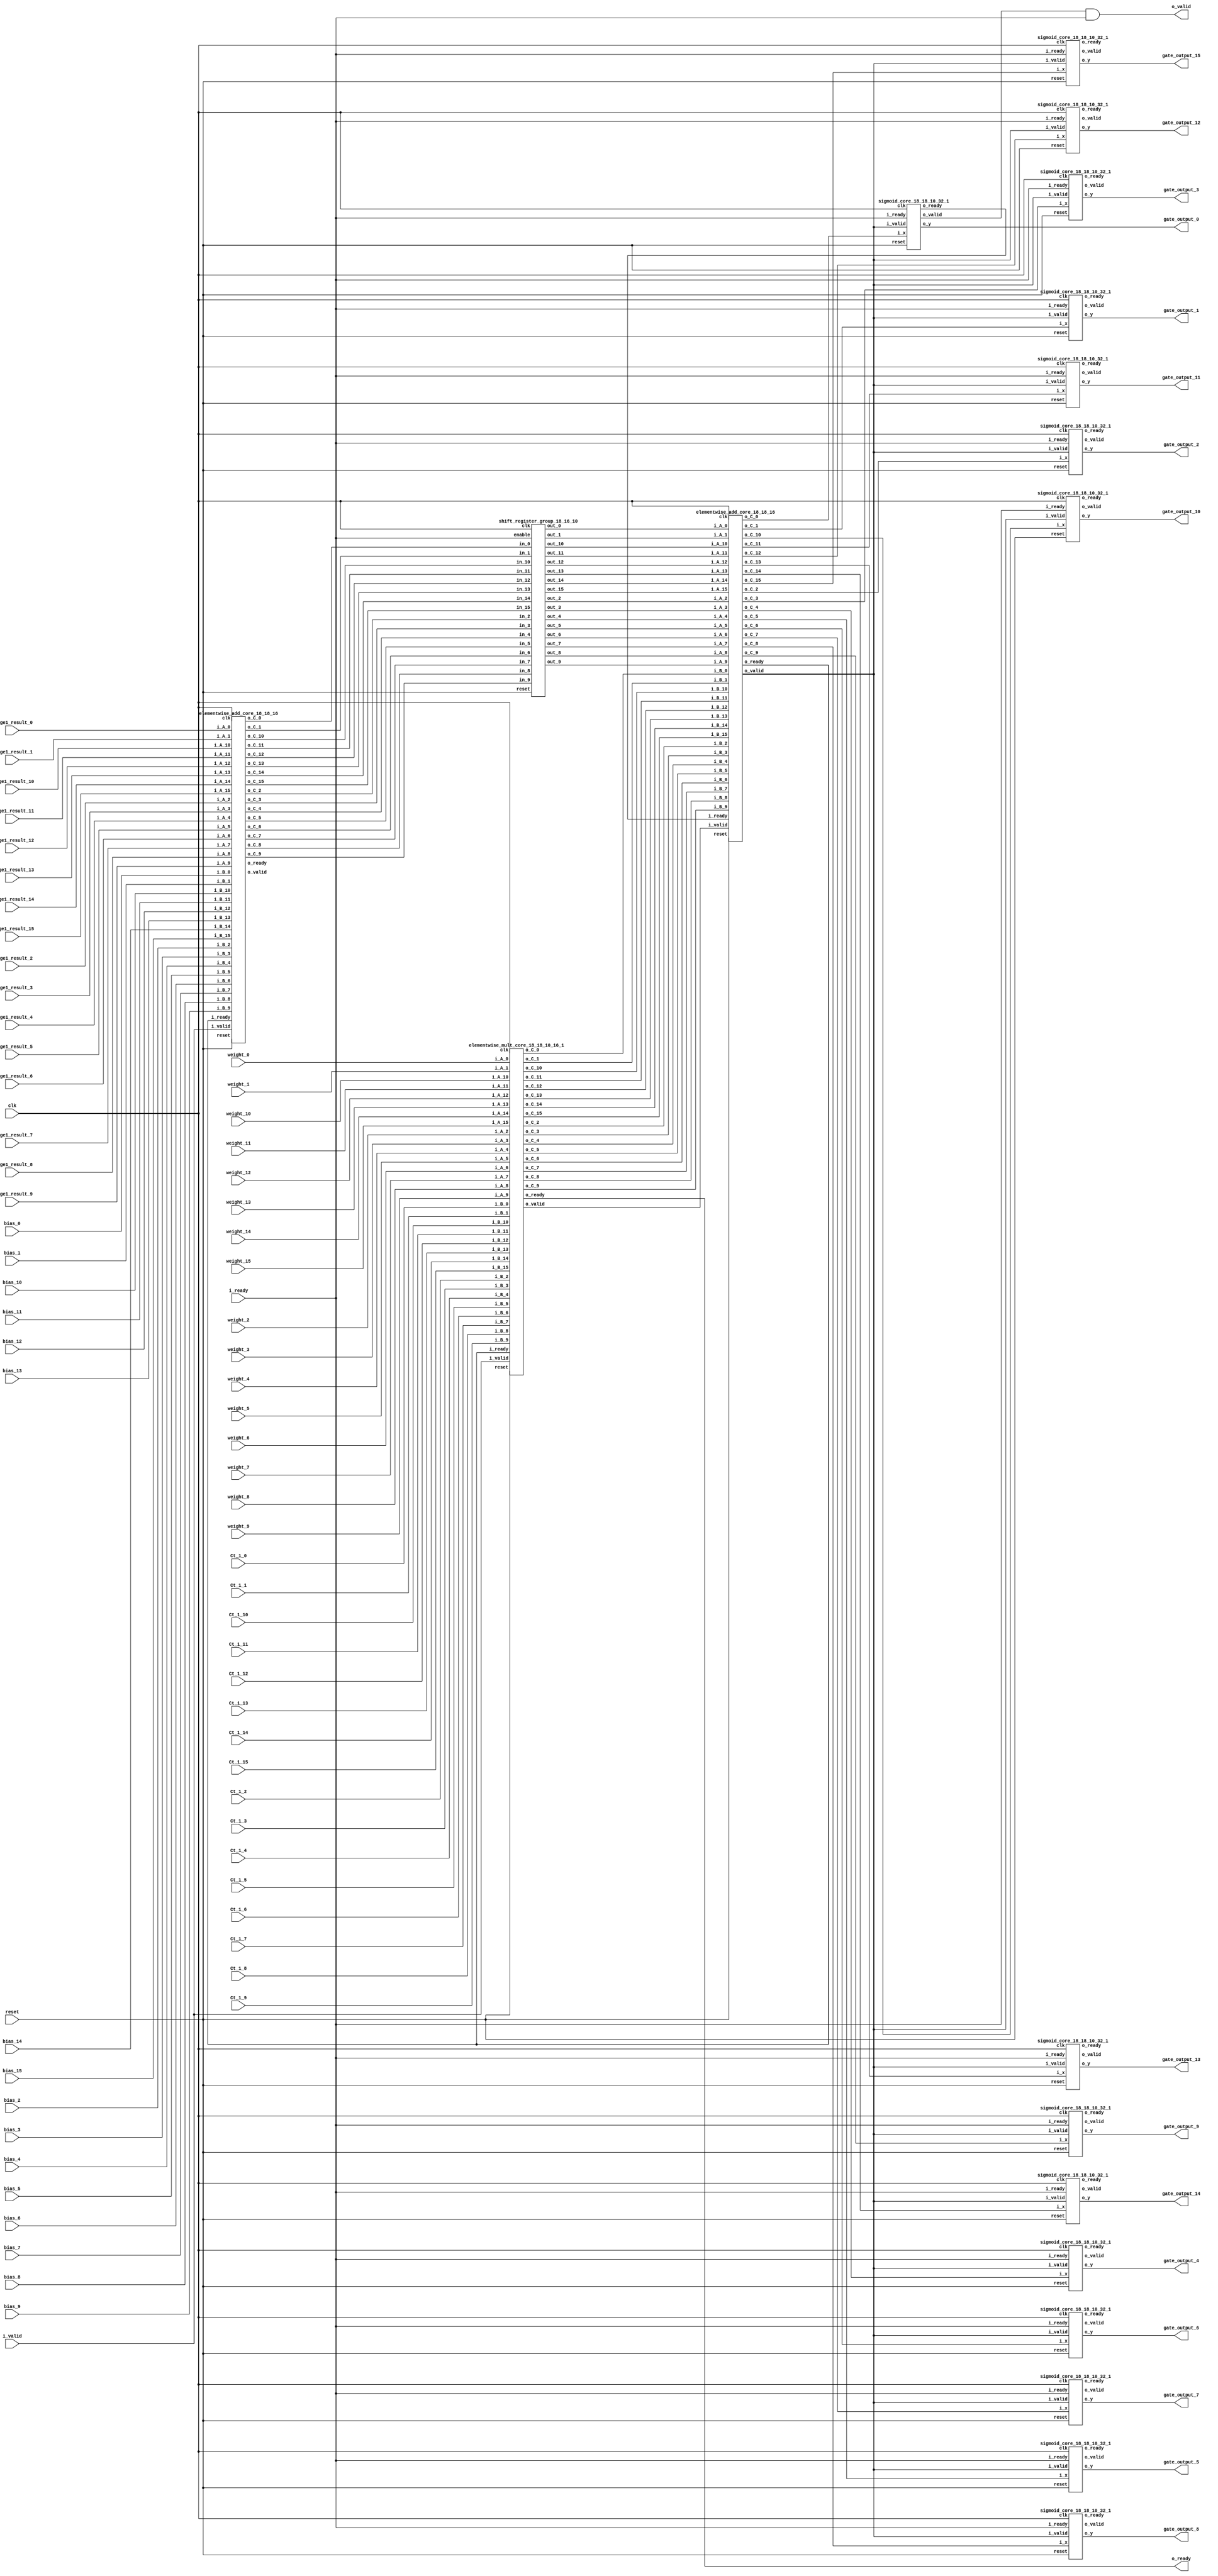
`define SIMULATION_MEMORY

module lstm_gate_18_10_16_1 (
	input clk,
	input reset,
	input i_ready,
	input i_valid,
	input [17:0] stage1_result_0,
	input [17:0] weight_0,
	input [17:0] Ct_1_0,
	input [17:0] bias_0,
	output [17:0] gate_output_0,
	input [17:0] stage1_result_1,
	input [17:0] weight_1,
	input [17:0] Ct_1_1,
	input [17:0] bias_1,
	output [17:0] gate_output_1,
	input [17:0] stage1_result_2,
	input [17:0] weight_2,
	input [17:0] Ct_1_2,
	input [17:0] bias_2,
	output [17:0] gate_output_2,
	input [17:0] stage1_result_3,
	input [17:0] weight_3,
	input [17:0] Ct_1_3,
	input [17:0] bias_3,
	output [17:0] gate_output_3,
	input [17:0] stage1_result_4,
	input [17:0] weight_4,
	input [17:0] Ct_1_4,
	input [17:0] bias_4,
	output [17:0] gate_output_4,
	input [17:0] stage1_result_5,
	input [17:0] weight_5,
	input [17:0] Ct_1_5,
	input [17:0] bias_5,
	output [17:0] gate_output_5,
	input [17:0] stage1_result_6,
	input [17:0] weight_6,
	input [17:0] Ct_1_6,
	input [17:0] bias_6,
	output [17:0] gate_output_6,
	input [17:0] stage1_result_7,
	input [17:0] weight_7,
	input [17:0] Ct_1_7,
	input [17:0] bias_7,
	output [17:0] gate_output_7,
	input [17:0] stage1_result_8,
	input [17:0] weight_8,
	input [17:0] Ct_1_8,
	input [17:0] bias_8,
	output [17:0] gate_output_8,
	input [17:0] stage1_result_9,
	input [17:0] weight_9,
	input [17:0] Ct_1_9,
	input [17:0] bias_9,
	output [17:0] gate_output_9,
	input [17:0] stage1_result_10,
	input [17:0] weight_10,
	input [17:0] Ct_1_10,
	input [17:0] bias_10,
	output [17:0] gate_output_10,
	input [17:0] stage1_result_11,
	input [17:0] weight_11,
	input [17:0] Ct_1_11,
	input [17:0] bias_11,
	output [17:0] gate_output_11,
	input [17:0] stage1_result_12,
	input [17:0] weight_12,
	input [17:0] Ct_1_12,
	input [17:0] bias_12,
	output [17:0] gate_output_12,
	input [17:0] stage1_result_13,
	input [17:0] weight_13,
	input [17:0] Ct_1_13,
	input [17:0] bias_13,
	output [17:0] gate_output_13,
	input [17:0] stage1_result_14,
	input [17:0] weight_14,
	input [17:0] Ct_1_14,
	input [17:0] bias_14,
	output [17:0] gate_output_14,
	input [17:0] stage1_result_15,
	input [17:0] weight_15,
	input [17:0] Ct_1_15,
	input [17:0] bias_15,
	output [17:0] gate_output_15,
	output o_valid,
	output o_ready
);

wire mult_valid, add0_valid, add1_valid, add2_valid;
wire mult_ready, add0_ready, add1_ready, add2_ready;
wire sigmoid_valid_0, sigmoid_ready_0;
wire [17:0] o_mult_0;
wire [17:0] o_add0_0;
wire [17:0] o_add1_0;
wire [17:0] add1_hold_0;
wire [17:0] o_add2_0;
wire [17:0] o_sigmoid_0;
wire sigmoid_valid_1, sigmoid_ready_1;
wire [17:0] o_mult_1;
wire [17:0] o_add0_1;
wire [17:0] o_add1_1;
wire [17:0] add1_hold_1;
wire [17:0] o_add2_1;
wire [17:0] o_sigmoid_1;
wire sigmoid_valid_2, sigmoid_ready_2;
wire [17:0] o_mult_2;
wire [17:0] o_add0_2;
wire [17:0] o_add1_2;
wire [17:0] add1_hold_2;
wire [17:0] o_add2_2;
wire [17:0] o_sigmoid_2;
wire sigmoid_valid_3, sigmoid_ready_3;
wire [17:0] o_mult_3;
wire [17:0] o_add0_3;
wire [17:0] o_add1_3;
wire [17:0] add1_hold_3;
wire [17:0] o_add2_3;
wire [17:0] o_sigmoid_3;
wire sigmoid_valid_4, sigmoid_ready_4;
wire [17:0] o_mult_4;
wire [17:0] o_add0_4;
wire [17:0] o_add1_4;
wire [17:0] add1_hold_4;
wire [17:0] o_add2_4;
wire [17:0] o_sigmoid_4;
wire sigmoid_valid_5, sigmoid_ready_5;
wire [17:0] o_mult_5;
wire [17:0] o_add0_5;
wire [17:0] o_add1_5;
wire [17:0] add1_hold_5;
wire [17:0] o_add2_5;
wire [17:0] o_sigmoid_5;
wire sigmoid_valid_6, sigmoid_ready_6;
wire [17:0] o_mult_6;
wire [17:0] o_add0_6;
wire [17:0] o_add1_6;
wire [17:0] add1_hold_6;
wire [17:0] o_add2_6;
wire [17:0] o_sigmoid_6;
wire sigmoid_valid_7, sigmoid_ready_7;
wire [17:0] o_mult_7;
wire [17:0] o_add0_7;
wire [17:0] o_add1_7;
wire [17:0] add1_hold_7;
wire [17:0] o_add2_7;
wire [17:0] o_sigmoid_7;
wire sigmoid_valid_8, sigmoid_ready_8;
wire [17:0] o_mult_8;
wire [17:0] o_add0_8;
wire [17:0] o_add1_8;
wire [17:0] add1_hold_8;
wire [17:0] o_add2_8;
wire [17:0] o_sigmoid_8;
wire sigmoid_valid_9, sigmoid_ready_9;
wire [17:0] o_mult_9;
wire [17:0] o_add0_9;
wire [17:0] o_add1_9;
wire [17:0] add1_hold_9;
wire [17:0] o_add2_9;
wire [17:0] o_sigmoid_9;
wire sigmoid_valid_10, sigmoid_ready_10;
wire [17:0] o_mult_10;
wire [17:0] o_add0_10;
wire [17:0] o_add1_10;
wire [17:0] add1_hold_10;
wire [17:0] o_add2_10;
wire [17:0] o_sigmoid_10;
wire sigmoid_valid_11, sigmoid_ready_11;
wire [17:0] o_mult_11;
wire [17:0] o_add0_11;
wire [17:0] o_add1_11;
wire [17:0] add1_hold_11;
wire [17:0] o_add2_11;
wire [17:0] o_sigmoid_11;
wire sigmoid_valid_12, sigmoid_ready_12;
wire [17:0] o_mult_12;
wire [17:0] o_add0_12;
wire [17:0] o_add1_12;
wire [17:0] add1_hold_12;
wire [17:0] o_add2_12;
wire [17:0] o_sigmoid_12;
wire sigmoid_valid_13, sigmoid_ready_13;
wire [17:0] o_mult_13;
wire [17:0] o_add0_13;
wire [17:0] o_add1_13;
wire [17:0] add1_hold_13;
wire [17:0] o_add2_13;
wire [17:0] o_sigmoid_13;
wire sigmoid_valid_14, sigmoid_ready_14;
wire [17:0] o_mult_14;
wire [17:0] o_add0_14;
wire [17:0] o_add1_14;
wire [17:0] add1_hold_14;
wire [17:0] o_add2_14;
wire [17:0] o_sigmoid_14;
wire sigmoid_valid_15, sigmoid_ready_15;
wire [17:0] o_mult_15;
wire [17:0] o_add0_15;
wire [17:0] o_add1_15;
wire [17:0] add1_hold_15;
wire [17:0] o_add2_15;
wire [17:0] o_sigmoid_15;
wire enable;
assign enable = i_ready;

elementwise_mult_core_18_18_10_16_1 elementwise_mult_core_18_18_10_16_1_mult (
	.clk(clk),
	.reset(reset),
	.i_valid(i_valid),
	.i_ready(add2_ready),
	.i_A_0(weight_0),
	.i_B_0(Ct_1_0),
	.o_C_0(o_mult_0),
	.i_A_1(weight_1),
	.i_B_1(Ct_1_1),
	.o_C_1(o_mult_1),
	.i_A_2(weight_2),
	.i_B_2(Ct_1_2),
	.o_C_2(o_mult_2),
	.i_A_3(weight_3),
	.i_B_3(Ct_1_3),
	.o_C_3(o_mult_3),
	.i_A_4(weight_4),
	.i_B_4(Ct_1_4),
	.o_C_4(o_mult_4),
	.i_A_5(weight_5),
	.i_B_5(Ct_1_5),
	.o_C_5(o_mult_5),
	.i_A_6(weight_6),
	.i_B_6(Ct_1_6),
	.o_C_6(o_mult_6),
	.i_A_7(weight_7),
	.i_B_7(Ct_1_7),
	.o_C_7(o_mult_7),
	.i_A_8(weight_8),
	.i_B_8(Ct_1_8),
	.o_C_8(o_mult_8),
	.i_A_9(weight_9),
	.i_B_9(Ct_1_9),
	.o_C_9(o_mult_9),
	.i_A_10(weight_10),
	.i_B_10(Ct_1_10),
	.o_C_10(o_mult_10),
	.i_A_11(weight_11),
	.i_B_11(Ct_1_11),
	.o_C_11(o_mult_11),
	.i_A_12(weight_12),
	.i_B_12(Ct_1_12),
	.o_C_12(o_mult_12),
	.i_A_13(weight_13),
	.i_B_13(Ct_1_13),
	.o_C_13(o_mult_13),
	.i_A_14(weight_14),
	.i_B_14(Ct_1_14),
	.o_C_14(o_mult_14),
	.i_A_15(weight_15),
	.i_B_15(Ct_1_15),
	.o_C_15(o_mult_15),
	.o_valid(mult_valid),
	.o_ready(mult_ready)
);

elementwise_add_core_18_18_16 elementwise_add_core_18_18_16_add_1 (
	.clk(clk),
	.reset(reset),
	.i_valid(i_valid),
	.i_ready(add2_ready),
	.i_A_0(stage1_result_0),
	.i_B_0(bias_0),
	.o_C_0(o_add1_0),
	.i_A_1(stage1_result_1),
	.i_B_1(bias_1),
	.o_C_1(o_add1_1),
	.i_A_2(stage1_result_2),
	.i_B_2(bias_2),
	.o_C_2(o_add1_2),
	.i_A_3(stage1_result_3),
	.i_B_3(bias_3),
	.o_C_3(o_add1_3),
	.i_A_4(stage1_result_4),
	.i_B_4(bias_4),
	.o_C_4(o_add1_4),
	.i_A_5(stage1_result_5),
	.i_B_5(bias_5),
	.o_C_5(o_add1_5),
	.i_A_6(stage1_result_6),
	.i_B_6(bias_6),
	.o_C_6(o_add1_6),
	.i_A_7(stage1_result_7),
	.i_B_7(bias_7),
	.o_C_7(o_add1_7),
	.i_A_8(stage1_result_8),
	.i_B_8(bias_8),
	.o_C_8(o_add1_8),
	.i_A_9(stage1_result_9),
	.i_B_9(bias_9),
	.o_C_9(o_add1_9),
	.i_A_10(stage1_result_10),
	.i_B_10(bias_10),
	.o_C_10(o_add1_10),
	.i_A_11(stage1_result_11),
	.i_B_11(bias_11),
	.o_C_11(o_add1_11),
	.i_A_12(stage1_result_12),
	.i_B_12(bias_12),
	.o_C_12(o_add1_12),
	.i_A_13(stage1_result_13),
	.i_B_13(bias_13),
	.o_C_13(o_add1_13),
	.i_A_14(stage1_result_14),
	.i_B_14(bias_14),
	.o_C_14(o_add1_14),
	.i_A_15(stage1_result_15),
	.i_B_15(bias_15),
	.o_C_15(o_add1_15),
	.o_valid(add1_valid),
	.o_ready(add1_ready)
);

shift_register_group_18_16_10 shift_register_group_18_16_10_Ct (
	.clk(clk),
	.enable(enable),
	.in_0(o_add1_0),
	.out_0(add1_hold_0),
	.in_1(o_add1_1),
	.out_1(add1_hold_1),
	.in_2(o_add1_2),
	.out_2(add1_hold_2),
	.in_3(o_add1_3),
	.out_3(add1_hold_3),
	.in_4(o_add1_4),
	.out_4(add1_hold_4),
	.in_5(o_add1_5),
	.out_5(add1_hold_5),
	.in_6(o_add1_6),
	.out_6(add1_hold_6),
	.in_7(o_add1_7),
	.out_7(add1_hold_7),
	.in_8(o_add1_8),
	.out_8(add1_hold_8),
	.in_9(o_add1_9),
	.out_9(add1_hold_9),
	.in_10(o_add1_10),
	.out_10(add1_hold_10),
	.in_11(o_add1_11),
	.out_11(add1_hold_11),
	.in_12(o_add1_12),
	.out_12(add1_hold_12),
	.in_13(o_add1_13),
	.out_13(add1_hold_13),
	.in_14(o_add1_14),
	.out_14(add1_hold_14),
	.in_15(o_add1_15),
	.out_15(add1_hold_15),
	.reset(reset)
);

elementwise_add_core_18_18_16 elementwise_add_core_18_18_16_add_2 (
	.clk(clk),
	.reset(reset),
	.i_valid(mult_valid),
	.i_ready(sigmoid_ready_0),
	.i_A_0(add1_hold_0),
	.i_B_0(o_mult_0),
	.o_C_0(o_add2_0),
	.i_A_1(add1_hold_1),
	.i_B_1(o_mult_1),
	.o_C_1(o_add2_1),
	.i_A_2(add1_hold_2),
	.i_B_2(o_mult_2),
	.o_C_2(o_add2_2),
	.i_A_3(add1_hold_3),
	.i_B_3(o_mult_3),
	.o_C_3(o_add2_3),
	.i_A_4(add1_hold_4),
	.i_B_4(o_mult_4),
	.o_C_4(o_add2_4),
	.i_A_5(add1_hold_5),
	.i_B_5(o_mult_5),
	.o_C_5(o_add2_5),
	.i_A_6(add1_hold_6),
	.i_B_6(o_mult_6),
	.o_C_6(o_add2_6),
	.i_A_7(add1_hold_7),
	.i_B_7(o_mult_7),
	.o_C_7(o_add2_7),
	.i_A_8(add1_hold_8),
	.i_B_8(o_mult_8),
	.o_C_8(o_add2_8),
	.i_A_9(add1_hold_9),
	.i_B_9(o_mult_9),
	.o_C_9(o_add2_9),
	.i_A_10(add1_hold_10),
	.i_B_10(o_mult_10),
	.o_C_10(o_add2_10),
	.i_A_11(add1_hold_11),
	.i_B_11(o_mult_11),
	.o_C_11(o_add2_11),
	.i_A_12(add1_hold_12),
	.i_B_12(o_mult_12),
	.o_C_12(o_add2_12),
	.i_A_13(add1_hold_13),
	.i_B_13(o_mult_13),
	.o_C_13(o_add2_13),
	.i_A_14(add1_hold_14),
	.i_B_14(o_mult_14),
	.o_C_14(o_add2_14),
	.i_A_15(add1_hold_15),
	.i_B_15(o_mult_15),
	.o_C_15(o_add2_15),
	.o_valid(add2_valid),
	.o_ready(add2_ready)
);

sigmoid_core_18_18_10_32_1 sigmoid_core_18_18_10_32_1_inst_0 (
	.clk(clk),
	.reset(reset),
	.i_valid(add2_valid),
	.i_ready(i_ready),
	.o_ready(sigmoid_ready_0),
	.o_valid(sigmoid_valid_0),
	.i_x(o_add2_0),
	.o_y(o_sigmoid_0)
);

sigmoid_core_18_18_10_32_1 sigmoid_core_18_18_10_32_1_inst_1 (
	.clk(clk),
	.reset(reset),
	.i_valid(add2_valid),
	.i_ready(i_ready),
	.o_ready(sigmoid_ready_1),
	.o_valid(sigmoid_valid_1),
	.i_x(o_add2_1),
	.o_y(o_sigmoid_1)
);

sigmoid_core_18_18_10_32_1 sigmoid_core_18_18_10_32_1_inst_2 (
	.clk(clk),
	.reset(reset),
	.i_valid(add2_valid),
	.i_ready(i_ready),
	.o_ready(sigmoid_ready_2),
	.o_valid(sigmoid_valid_2),
	.i_x(o_add2_2),
	.o_y(o_sigmoid_2)
);

sigmoid_core_18_18_10_32_1 sigmoid_core_18_18_10_32_1_inst_3 (
	.clk(clk),
	.reset(reset),
	.i_valid(add2_valid),
	.i_ready(i_ready),
	.o_ready(sigmoid_ready_3),
	.o_valid(sigmoid_valid_3),
	.i_x(o_add2_3),
	.o_y(o_sigmoid_3)
);

sigmoid_core_18_18_10_32_1 sigmoid_core_18_18_10_32_1_inst_4 (
	.clk(clk),
	.reset(reset),
	.i_valid(add2_valid),
	.i_ready(i_ready),
	.o_ready(sigmoid_ready_4),
	.o_valid(sigmoid_valid_4),
	.i_x(o_add2_4),
	.o_y(o_sigmoid_4)
);

sigmoid_core_18_18_10_32_1 sigmoid_core_18_18_10_32_1_inst_5 (
	.clk(clk),
	.reset(reset),
	.i_valid(add2_valid),
	.i_ready(i_ready),
	.o_ready(sigmoid_ready_5),
	.o_valid(sigmoid_valid_5),
	.i_x(o_add2_5),
	.o_y(o_sigmoid_5)
);

sigmoid_core_18_18_10_32_1 sigmoid_core_18_18_10_32_1_inst_6 (
	.clk(clk),
	.reset(reset),
	.i_valid(add2_valid),
	.i_ready(i_ready),
	.o_ready(sigmoid_ready_6),
	.o_valid(sigmoid_valid_6),
	.i_x(o_add2_6),
	.o_y(o_sigmoid_6)
);

sigmoid_core_18_18_10_32_1 sigmoid_core_18_18_10_32_1_inst_7 (
	.clk(clk),
	.reset(reset),
	.i_valid(add2_valid),
	.i_ready(i_ready),
	.o_ready(sigmoid_ready_7),
	.o_valid(sigmoid_valid_7),
	.i_x(o_add2_7),
	.o_y(o_sigmoid_7)
);

sigmoid_core_18_18_10_32_1 sigmoid_core_18_18_10_32_1_inst_8 (
	.clk(clk),
	.reset(reset),
	.i_valid(add2_valid),
	.i_ready(i_ready),
	.o_ready(sigmoid_ready_8),
	.o_valid(sigmoid_valid_8),
	.i_x(o_add2_8),
	.o_y(o_sigmoid_8)
);

sigmoid_core_18_18_10_32_1 sigmoid_core_18_18_10_32_1_inst_9 (
	.clk(clk),
	.reset(reset),
	.i_valid(add2_valid),
	.i_ready(i_ready),
	.o_ready(sigmoid_ready_9),
	.o_valid(sigmoid_valid_9),
	.i_x(o_add2_9),
	.o_y(o_sigmoid_9)
);

sigmoid_core_18_18_10_32_1 sigmoid_core_18_18_10_32_1_inst_10 (
	.clk(clk),
	.reset(reset),
	.i_valid(add2_valid),
	.i_ready(i_ready),
	.o_ready(sigmoid_ready_10),
	.o_valid(sigmoid_valid_10),
	.i_x(o_add2_10),
	.o_y(o_sigmoid_10)
);

sigmoid_core_18_18_10_32_1 sigmoid_core_18_18_10_32_1_inst_11 (
	.clk(clk),
	.reset(reset),
	.i_valid(add2_valid),
	.i_ready(i_ready),
	.o_ready(sigmoid_ready_11),
	.o_valid(sigmoid_valid_11),
	.i_x(o_add2_11),
	.o_y(o_sigmoid_11)
);

sigmoid_core_18_18_10_32_1 sigmoid_core_18_18_10_32_1_inst_12 (
	.clk(clk),
	.reset(reset),
	.i_valid(add2_valid),
	.i_ready(i_ready),
	.o_ready(sigmoid_ready_12),
	.o_valid(sigmoid_valid_12),
	.i_x(o_add2_12),
	.o_y(o_sigmoid_12)
);

sigmoid_core_18_18_10_32_1 sigmoid_core_18_18_10_32_1_inst_13 (
	.clk(clk),
	.reset(reset),
	.i_valid(add2_valid),
	.i_ready(i_ready),
	.o_ready(sigmoid_ready_13),
	.o_valid(sigmoid_valid_13),
	.i_x(o_add2_13),
	.o_y(o_sigmoid_13)
);

sigmoid_core_18_18_10_32_1 sigmoid_core_18_18_10_32_1_inst_14 (
	.clk(clk),
	.reset(reset),
	.i_valid(add2_valid),
	.i_ready(i_ready),
	.o_ready(sigmoid_ready_14),
	.o_valid(sigmoid_valid_14),
	.i_x(o_add2_14),
	.o_y(o_sigmoid_14)
);

sigmoid_core_18_18_10_32_1 sigmoid_core_18_18_10_32_1_inst_15 (
	.clk(clk),
	.reset(reset),
	.i_valid(add2_valid),
	.i_ready(i_ready),
	.o_ready(sigmoid_ready_15),
	.o_valid(sigmoid_valid_15),
	.i_x(o_add2_15),
	.o_y(o_sigmoid_15)
);

assign o_ready = mult_ready;
assign o_valid = sigmoid_valid_0 & i_ready;
assign gate_output_0 = o_sigmoid_0;
assign gate_output_1 = o_sigmoid_1;
assign gate_output_2 = o_sigmoid_2;
assign gate_output_3 = o_sigmoid_3;
assign gate_output_4 = o_sigmoid_4;
assign gate_output_5 = o_sigmoid_5;
assign gate_output_6 = o_sigmoid_6;
assign gate_output_7 = o_sigmoid_7;
assign gate_output_8 = o_sigmoid_8;
assign gate_output_9 = o_sigmoid_9;
assign gate_output_10 = o_sigmoid_10;
assign gate_output_11 = o_sigmoid_11;
assign gate_output_12 = o_sigmoid_12;
assign gate_output_13 = o_sigmoid_13;
assign gate_output_14 = o_sigmoid_14;
assign gate_output_15 = o_sigmoid_15;

endmodule
module shift_register_group_18_16_10 (
	input clk,
	input enable,
	input [17:0] in_0,
	output [17:0] out_0,
	input [17:0] in_1,
	output [17:0] out_1,
	input [17:0] in_2,
	output [17:0] out_2,
	input [17:0] in_3,
	output [17:0] out_3,
	input [17:0] in_4,
	output [17:0] out_4,
	input [17:0] in_5,
	output [17:0] out_5,
	input [17:0] in_6,
	output [17:0] out_6,
	input [17:0] in_7,
	output [17:0] out_7,
	input [17:0] in_8,
	output [17:0] out_8,
	input [17:0] in_9,
	output [17:0] out_9,
	input [17:0] in_10,
	output [17:0] out_10,
	input [17:0] in_11,
	output [17:0] out_11,
	input [17:0] in_12,
	output [17:0] out_12,
	input [17:0] in_13,
	output [17:0] out_13,
	input [17:0] in_14,
	output [17:0] out_14,
	input [17:0] in_15,
	output [17:0] out_15,
	input reset
);

shift_register_unit_18_18 shift_register_unit_18_18_inst_0 (
	.clk(clk),
	.reset(reset),
	.enable(enable),
	.in(in_0),
	.out(out_0)
);

shift_register_unit_18_18 shift_register_unit_18_18_inst_1 (
	.clk(clk),
	.reset(reset),
	.enable(enable),
	.in(in_1),
	.out(out_1)
);

shift_register_unit_18_18 shift_register_unit_18_18_inst_2 (
	.clk(clk),
	.reset(reset),
	.enable(enable),
	.in(in_2),
	.out(out_2)
);

shift_register_unit_18_18 shift_register_unit_18_18_inst_3 (
	.clk(clk),
	.reset(reset),
	.enable(enable),
	.in(in_3),
	.out(out_3)
);

shift_register_unit_18_18 shift_register_unit_18_18_inst_4 (
	.clk(clk),
	.reset(reset),
	.enable(enable),
	.in(in_4),
	.out(out_4)
);

shift_register_unit_18_18 shift_register_unit_18_18_inst_5 (
	.clk(clk),
	.reset(reset),
	.enable(enable),
	.in(in_5),
	.out(out_5)
);

shift_register_unit_18_18 shift_register_unit_18_18_inst_6 (
	.clk(clk),
	.reset(reset),
	.enable(enable),
	.in(in_6),
	.out(out_6)
);

shift_register_unit_18_18 shift_register_unit_18_18_inst_7 (
	.clk(clk),
	.reset(reset),
	.enable(enable),
	.in(in_7),
	.out(out_7)
);

shift_register_unit_18_18 shift_register_unit_18_18_inst_8 (
	.clk(clk),
	.reset(reset),
	.enable(enable),
	.in(in_8),
	.out(out_8)
);

shift_register_unit_18_18 shift_register_unit_18_18_inst_9 (
	.clk(clk),
	.reset(reset),
	.enable(enable),
	.in(in_9),
	.out(out_9)
);

shift_register_unit_18_18 shift_register_unit_18_18_inst_10 (
	.clk(clk),
	.reset(reset),
	.enable(enable),
	.in(in_10),
	.out(out_10)
);

shift_register_unit_18_18 shift_register_unit_18_18_inst_11 (
	.clk(clk),
	.reset(reset),
	.enable(enable),
	.in(in_11),
	.out(out_11)
);

shift_register_unit_18_18 shift_register_unit_18_18_inst_12 (
	.clk(clk),
	.reset(reset),
	.enable(enable),
	.in(in_12),
	.out(out_12)
);

shift_register_unit_18_18 shift_register_unit_18_18_inst_13 (
	.clk(clk),
	.reset(reset),
	.enable(enable),
	.in(in_13),
	.out(out_13)
);

shift_register_unit_18_18 shift_register_unit_18_18_inst_14 (
	.clk(clk),
	.reset(reset),
	.enable(enable),
	.in(in_14),
	.out(out_14)
);

shift_register_unit_18_18 shift_register_unit_18_18_inst_15 (
	.clk(clk),
	.reset(reset),
	.enable(enable),
	.in(in_15),
	.out(out_15)
);

endmodule

module elementwise_add_core_18_18_16 (
	input clk,
	input reset,
	input i_valid,
	input i_ready,
	input [17:0] i_A_0,
	input [17:0] i_B_0,
	output [17:0] o_C_0,
	input [17:0] i_A_1,
	input [17:0] i_B_1,
	output [17:0] o_C_1,
	input [17:0] i_A_2,
	input [17:0] i_B_2,
	output [17:0] o_C_2,
	input [17:0] i_A_3,
	input [17:0] i_B_3,
	output [17:0] o_C_3,
	input [17:0] i_A_4,
	input [17:0] i_B_4,
	output [17:0] o_C_4,
	input [17:0] i_A_5,
	input [17:0] i_B_5,
	output [17:0] o_C_5,
	input [17:0] i_A_6,
	input [17:0] i_B_6,
	output [17:0] o_C_6,
	input [17:0] i_A_7,
	input [17:0] i_B_7,
	output [17:0] o_C_7,
	input [17:0] i_A_8,
	input [17:0] i_B_8,
	output [17:0] o_C_8,
	input [17:0] i_A_9,
	input [17:0] i_B_9,
	output [17:0] o_C_9,
	input [17:0] i_A_10,
	input [17:0] i_B_10,
	output [17:0] o_C_10,
	input [17:0] i_A_11,
	input [17:0] i_B_11,
	output [17:0] o_C_11,
	input [17:0] i_A_12,
	input [17:0] i_B_12,
	output [17:0] o_C_12,
	input [17:0] i_A_13,
	input [17:0] i_B_13,
	output [17:0] o_C_13,
	input [17:0] i_A_14,
	input [17:0] i_B_14,
	output [17:0] o_C_14,
	input [17:0] i_A_15,
	input [17:0] i_B_15,
	output [17:0] o_C_15,
	output o_valid,
	output o_ready
);

reg [17:0] reg_A_0;
reg [17:0] reg_B_0;
reg [17:0] reg_C_0;
reg [17:0] reg_A_1;
reg [17:0] reg_B_1;
reg [17:0] reg_C_1;
reg [17:0] reg_A_2;
reg [17:0] reg_B_2;
reg [17:0] reg_C_2;
reg [17:0] reg_A_3;
reg [17:0] reg_B_3;
reg [17:0] reg_C_3;
reg [17:0] reg_A_4;
reg [17:0] reg_B_4;
reg [17:0] reg_C_4;
reg [17:0] reg_A_5;
reg [17:0] reg_B_5;
reg [17:0] reg_C_5;
reg [17:0] reg_A_6;
reg [17:0] reg_B_6;
reg [17:0] reg_C_6;
reg [17:0] reg_A_7;
reg [17:0] reg_B_7;
reg [17:0] reg_C_7;
reg [17:0] reg_A_8;
reg [17:0] reg_B_8;
reg [17:0] reg_C_8;
reg [17:0] reg_A_9;
reg [17:0] reg_B_9;
reg [17:0] reg_C_9;
reg [17:0] reg_A_10;
reg [17:0] reg_B_10;
reg [17:0] reg_C_10;
reg [17:0] reg_A_11;
reg [17:0] reg_B_11;
reg [17:0] reg_C_11;
reg [17:0] reg_A_12;
reg [17:0] reg_B_12;
reg [17:0] reg_C_12;
reg [17:0] reg_A_13;
reg [17:0] reg_B_13;
reg [17:0] reg_C_13;
reg [17:0] reg_A_14;
reg [17:0] reg_B_14;
reg [17:0] reg_C_14;
reg [17:0] reg_A_15;
reg [17:0] reg_B_15;
reg [17:0] reg_C_15;

reg valid_A_B, valid_C;
wire enable;
assign enable = i_ready;

always @ (posedge clk) begin
	if (reset) begin
		valid_A_B <= 1'b0;
		valid_C <= 1'b0;
		reg_A_0 <= 0;
		reg_B_0 <= 0;
		reg_C_0 <= 0;
		reg_A_1 <= 0;
		reg_B_1 <= 0;
		reg_C_1 <= 0;
		reg_A_2 <= 0;
		reg_B_2 <= 0;
		reg_C_2 <= 0;
		reg_A_3 <= 0;
		reg_B_3 <= 0;
		reg_C_3 <= 0;
		reg_A_4 <= 0;
		reg_B_4 <= 0;
		reg_C_4 <= 0;
		reg_A_5 <= 0;
		reg_B_5 <= 0;
		reg_C_5 <= 0;
		reg_A_6 <= 0;
		reg_B_6 <= 0;
		reg_C_6 <= 0;
		reg_A_7 <= 0;
		reg_B_7 <= 0;
		reg_C_7 <= 0;
		reg_A_8 <= 0;
		reg_B_8 <= 0;
		reg_C_8 <= 0;
		reg_A_9 <= 0;
		reg_B_9 <= 0;
		reg_C_9 <= 0;
		reg_A_10 <= 0;
		reg_B_10 <= 0;
		reg_C_10 <= 0;
		reg_A_11 <= 0;
		reg_B_11 <= 0;
		reg_C_11 <= 0;
		reg_A_12 <= 0;
		reg_B_12 <= 0;
		reg_C_12 <= 0;
		reg_A_13 <= 0;
		reg_B_13 <= 0;
		reg_C_13 <= 0;
		reg_A_14 <= 0;
		reg_B_14 <= 0;
		reg_C_14 <= 0;
		reg_A_15 <= 0;
		reg_B_15 <= 0;
		reg_C_15 <= 0;
	end else if (enable) begin
		reg_A_0 <= i_A_0;
		reg_B_0 <= i_B_0;
		reg_C_0 <= reg_A_0 + reg_B_0;
		reg_A_1 <= i_A_1;
		reg_B_1 <= i_B_1;
		reg_C_1 <= reg_A_1 + reg_B_1;
		reg_A_2 <= i_A_2;
		reg_B_2 <= i_B_2;
		reg_C_2 <= reg_A_2 + reg_B_2;
		reg_A_3 <= i_A_3;
		reg_B_3 <= i_B_3;
		reg_C_3 <= reg_A_3 + reg_B_3;
		reg_A_4 <= i_A_4;
		reg_B_4 <= i_B_4;
		reg_C_4 <= reg_A_4 + reg_B_4;
		reg_A_5 <= i_A_5;
		reg_B_5 <= i_B_5;
		reg_C_5 <= reg_A_5 + reg_B_5;
		reg_A_6 <= i_A_6;
		reg_B_6 <= i_B_6;
		reg_C_6 <= reg_A_6 + reg_B_6;
		reg_A_7 <= i_A_7;
		reg_B_7 <= i_B_7;
		reg_C_7 <= reg_A_7 + reg_B_7;
		reg_A_8 <= i_A_8;
		reg_B_8 <= i_B_8;
		reg_C_8 <= reg_A_8 + reg_B_8;
		reg_A_9 <= i_A_9;
		reg_B_9 <= i_B_9;
		reg_C_9 <= reg_A_9 + reg_B_9;
		reg_A_10 <= i_A_10;
		reg_B_10 <= i_B_10;
		reg_C_10 <= reg_A_10 + reg_B_10;
		reg_A_11 <= i_A_11;
		reg_B_11 <= i_B_11;
		reg_C_11 <= reg_A_11 + reg_B_11;
		reg_A_12 <= i_A_12;
		reg_B_12 <= i_B_12;
		reg_C_12 <= reg_A_12 + reg_B_12;
		reg_A_13 <= i_A_13;
		reg_B_13 <= i_B_13;
		reg_C_13 <= reg_A_13 + reg_B_13;
		reg_A_14 <= i_A_14;
		reg_B_14 <= i_B_14;
		reg_C_14 <= reg_A_14 + reg_B_14;
		reg_A_15 <= i_A_15;
		reg_B_15 <= i_B_15;
		reg_C_15 <= reg_A_15 + reg_B_15;
		valid_A_B <= i_valid;
		valid_C <= valid_A_B;
	end
end

assign o_C_0 = reg_C_0;
assign o_C_1 = reg_C_1;
assign o_C_2 = reg_C_2;
assign o_C_3 = reg_C_3;
assign o_C_4 = reg_C_4;
assign o_C_5 = reg_C_5;
assign o_C_6 = reg_C_6;
assign o_C_7 = reg_C_7;
assign o_C_8 = reg_C_8;
assign o_C_9 = reg_C_9;
assign o_C_10 = reg_C_10;
assign o_C_11 = reg_C_11;
assign o_C_12 = reg_C_12;
assign o_C_13 = reg_C_13;
assign o_C_14 = reg_C_14;
assign o_C_15 = reg_C_15;
assign o_ready = i_ready;
assign o_valid = valid_C & i_ready;

endmodule

module elementwise_mult_core_18_18_10_16_1 (
	input clk,
	input reset,
	input i_valid,
	input i_ready,
	input [17:0] i_A_0,
	input [17:0] i_B_0,
	output [17:0] o_C_0,
	input [17:0] i_A_1,
	input [17:0] i_B_1,
	output [17:0] o_C_1,
	input [17:0] i_A_2,
	input [17:0] i_B_2,
	output [17:0] o_C_2,
	input [17:0] i_A_3,
	input [17:0] i_B_3,
	output [17:0] o_C_3,
	input [17:0] i_A_4,
	input [17:0] i_B_4,
	output [17:0] o_C_4,
	input [17:0] i_A_5,
	input [17:0] i_B_5,
	output [17:0] o_C_5,
	input [17:0] i_A_6,
	input [17:0] i_B_6,
	output [17:0] o_C_6,
	input [17:0] i_A_7,
	input [17:0] i_B_7,
	output [17:0] o_C_7,
	input [17:0] i_A_8,
	input [17:0] i_B_8,
	output [17:0] o_C_8,
	input [17:0] i_A_9,
	input [17:0] i_B_9,
	output [17:0] o_C_9,
	input [17:0] i_A_10,
	input [17:0] i_B_10,
	output [17:0] o_C_10,
	input [17:0] i_A_11,
	input [17:0] i_B_11,
	output [17:0] o_C_11,
	input [17:0] i_A_12,
	input [17:0] i_B_12,
	output [17:0] o_C_12,
	input [17:0] i_A_13,
	input [17:0] i_B_13,
	output [17:0] o_C_13,
	input [17:0] i_A_14,
	input [17:0] i_B_14,
	output [17:0] o_C_14,
	input [17:0] i_A_15,
	input [17:0] i_B_15,
	output [17:0] o_C_15,
	output o_valid,
	output o_ready
);

// Store inputs and outputs in registers
reg [17:0] reg_A_0;
reg [17:0] reg_B_0;
wire [17:0] reg_C_0;
reg [17:0] reg_A_1;
reg [17:0] reg_B_1;
wire [17:0] reg_C_1;
reg [17:0] reg_A_2;
reg [17:0] reg_B_2;
wire [17:0] reg_C_2;
reg [17:0] reg_A_3;
reg [17:0] reg_B_3;
wire [17:0] reg_C_3;
reg [17:0] reg_A_4;
reg [17:0] reg_B_4;
wire [17:0] reg_C_4;
reg [17:0] reg_A_5;
reg [17:0] reg_B_5;
wire [17:0] reg_C_5;
reg [17:0] reg_A_6;
reg [17:0] reg_B_6;
wire [17:0] reg_C_6;
reg [17:0] reg_A_7;
reg [17:0] reg_B_7;
wire [17:0] reg_C_7;
reg [17:0] reg_A_8;
reg [17:0] reg_B_8;
wire [17:0] reg_C_8;
reg [17:0] reg_A_9;
reg [17:0] reg_B_9;
wire [17:0] reg_C_9;
reg [17:0] reg_A_10;
reg [17:0] reg_B_10;
wire [17:0] reg_C_10;
reg [17:0] reg_A_11;
reg [17:0] reg_B_11;
wire [17:0] reg_C_11;
reg [17:0] reg_A_12;
reg [17:0] reg_B_12;
wire [17:0] reg_C_12;
reg [17:0] reg_A_13;
reg [17:0] reg_B_13;
wire [17:0] reg_C_13;
reg [17:0] reg_A_14;
reg [17:0] reg_B_14;
wire [17:0] reg_C_14;
reg [17:0] reg_A_15;
reg [17:0] reg_B_15;
wire [17:0] reg_C_15;

reg valid_A_B;
wire valid_C;
wire enable;
assign enable = i_ready;

wire mult_valid_0;
wire round_valid_0;
wire [36:0] mult_C_0;
wire [36:0] rounded_C_0;
wire mult_valid_1;
wire round_valid_1;
wire [36:0] mult_C_1;
wire [36:0] rounded_C_1;
wire mult_valid_2;
wire round_valid_2;
wire [36:0] mult_C_2;
wire [36:0] rounded_C_2;
wire mult_valid_3;
wire round_valid_3;
wire [36:0] mult_C_3;
wire [36:0] rounded_C_3;
wire mult_valid_4;
wire round_valid_4;
wire [36:0] mult_C_4;
wire [36:0] rounded_C_4;
wire mult_valid_5;
wire round_valid_5;
wire [36:0] mult_C_5;
wire [36:0] rounded_C_5;
wire mult_valid_6;
wire round_valid_6;
wire [36:0] mult_C_6;
wire [36:0] rounded_C_6;
wire mult_valid_7;
wire round_valid_7;
wire [36:0] mult_C_7;
wire [36:0] rounded_C_7;
wire mult_valid_8;
wire round_valid_8;
wire [36:0] mult_C_8;
wire [36:0] rounded_C_8;
wire mult_valid_9;
wire round_valid_9;
wire [36:0] mult_C_9;
wire [36:0] rounded_C_9;
wire mult_valid_10;
wire round_valid_10;
wire [36:0] mult_C_10;
wire [36:0] rounded_C_10;
wire mult_valid_11;
wire round_valid_11;
wire [36:0] mult_C_11;
wire [36:0] rounded_C_11;
wire mult_valid_12;
wire round_valid_12;
wire [36:0] mult_C_12;
wire [36:0] rounded_C_12;
wire mult_valid_13;
wire round_valid_13;
wire [36:0] mult_C_13;
wire [36:0] rounded_C_13;
wire mult_valid_14;
wire round_valid_14;
wire [36:0] mult_C_14;
wire [36:0] rounded_C_14;
wire mult_valid_15;
wire round_valid_15;
wire [36:0] mult_C_15;
wire [36:0] rounded_C_15;

dsp_signed_mult_18x18_unit_18_18_1 dsp_signed_mult_18x18_unit_18_18_1_inst0 (
	.clk(clk),
	.reset(reset),
	.ena(enable),
	.i_valid(valid_A_B),
	.ax(reg_A_0),
	.ay(reg_B_0),
	.bx(reg_A_1),
	.by(reg_B_1),
	.o_valid(mult_valid_0),
	.resulta(mult_C_0),
	.resultb(mult_C_1)
);
assign mult_valid_1 = mult_valid_0;
dsp_signed_mult_18x18_unit_18_18_1 dsp_signed_mult_18x18_unit_18_18_1_inst2 (
	.clk(clk),
	.reset(reset),
	.ena(enable),
	.i_valid(valid_A_B),
	.ax(reg_A_2),
	.ay(reg_B_2),
	.bx(reg_A_3),
	.by(reg_B_3),
	.o_valid(mult_valid_2),
	.resulta(mult_C_2),
	.resultb(mult_C_3)
);
assign mult_valid_3 = mult_valid_2;
dsp_signed_mult_18x18_unit_18_18_1 dsp_signed_mult_18x18_unit_18_18_1_inst4 (
	.clk(clk),
	.reset(reset),
	.ena(enable),
	.i_valid(valid_A_B),
	.ax(reg_A_4),
	.ay(reg_B_4),
	.bx(reg_A_5),
	.by(reg_B_5),
	.o_valid(mult_valid_4),
	.resulta(mult_C_4),
	.resultb(mult_C_5)
);
assign mult_valid_5 = mult_valid_4;
dsp_signed_mult_18x18_unit_18_18_1 dsp_signed_mult_18x18_unit_18_18_1_inst6 (
	.clk(clk),
	.reset(reset),
	.ena(enable),
	.i_valid(valid_A_B),
	.ax(reg_A_6),
	.ay(reg_B_6),
	.bx(reg_A_7),
	.by(reg_B_7),
	.o_valid(mult_valid_6),
	.resulta(mult_C_6),
	.resultb(mult_C_7)
);
assign mult_valid_7 = mult_valid_6;
dsp_signed_mult_18x18_unit_18_18_1 dsp_signed_mult_18x18_unit_18_18_1_inst8 (
	.clk(clk),
	.reset(reset),
	.ena(enable),
	.i_valid(valid_A_B),
	.ax(reg_A_8),
	.ay(reg_B_8),
	.bx(reg_A_9),
	.by(reg_B_9),
	.o_valid(mult_valid_8),
	.resulta(mult_C_8),
	.resultb(mult_C_9)
);
assign mult_valid_9 = mult_valid_8;
dsp_signed_mult_18x18_unit_18_18_1 dsp_signed_mult_18x18_unit_18_18_1_inst10 (
	.clk(clk),
	.reset(reset),
	.ena(enable),
	.i_valid(valid_A_B),
	.ax(reg_A_10),
	.ay(reg_B_10),
	.bx(reg_A_11),
	.by(reg_B_11),
	.o_valid(mult_valid_10),
	.resulta(mult_C_10),
	.resultb(mult_C_11)
);
assign mult_valid_11 = mult_valid_10;
dsp_signed_mult_18x18_unit_18_18_1 dsp_signed_mult_18x18_unit_18_18_1_inst12 (
	.clk(clk),
	.reset(reset),
	.ena(enable),
	.i_valid(valid_A_B),
	.ax(reg_A_12),
	.ay(reg_B_12),
	.bx(reg_A_13),
	.by(reg_B_13),
	.o_valid(mult_valid_12),
	.resulta(mult_C_12),
	.resultb(mult_C_13)
);
assign mult_valid_13 = mult_valid_12;
dsp_signed_mult_18x18_unit_18_18_1 dsp_signed_mult_18x18_unit_18_18_1_inst14 (
	.clk(clk),
	.reset(reset),
	.ena(enable),
	.i_valid(valid_A_B),
	.ax(reg_A_14),
	.ay(reg_B_14),
	.bx(reg_A_15),
	.by(reg_B_15),
	.o_valid(mult_valid_14),
	.resulta(mult_C_14),
	.resultb(mult_C_15)
);
assign mult_valid_15 = mult_valid_14;
fp_rounding_unit_1_37_10 fp_rounding_unit_1_37_10_inst0 (
	.clk(clk),
	.reset(reset),
	.enable(enable),
	.i_valid(mult_valid_0),
	.in(mult_C_0),
	.o_valid(round_valid_0),
	.out(rounded_C_0)
);
assign reg_C_0 = rounded_C_0;
fp_rounding_unit_1_37_10 fp_rounding_unit_1_37_10_inst1 (
	.clk(clk),
	.reset(reset),
	.enable(enable),
	.i_valid(mult_valid_1),
	.in(mult_C_1),
	.o_valid(round_valid_1),
	.out(rounded_C_1)
);
assign reg_C_1 = rounded_C_1;
fp_rounding_unit_1_37_10 fp_rounding_unit_1_37_10_inst2 (
	.clk(clk),
	.reset(reset),
	.enable(enable),
	.i_valid(mult_valid_2),
	.in(mult_C_2),
	.o_valid(round_valid_2),
	.out(rounded_C_2)
);
assign reg_C_2 = rounded_C_2;
fp_rounding_unit_1_37_10 fp_rounding_unit_1_37_10_inst3 (
	.clk(clk),
	.reset(reset),
	.enable(enable),
	.i_valid(mult_valid_3),
	.in(mult_C_3),
	.o_valid(round_valid_3),
	.out(rounded_C_3)
);
assign reg_C_3 = rounded_C_3;
fp_rounding_unit_1_37_10 fp_rounding_unit_1_37_10_inst4 (
	.clk(clk),
	.reset(reset),
	.enable(enable),
	.i_valid(mult_valid_4),
	.in(mult_C_4),
	.o_valid(round_valid_4),
	.out(rounded_C_4)
);
assign reg_C_4 = rounded_C_4;
fp_rounding_unit_1_37_10 fp_rounding_unit_1_37_10_inst5 (
	.clk(clk),
	.reset(reset),
	.enable(enable),
	.i_valid(mult_valid_5),
	.in(mult_C_5),
	.o_valid(round_valid_5),
	.out(rounded_C_5)
);
assign reg_C_5 = rounded_C_5;
fp_rounding_unit_1_37_10 fp_rounding_unit_1_37_10_inst6 (
	.clk(clk),
	.reset(reset),
	.enable(enable),
	.i_valid(mult_valid_6),
	.in(mult_C_6),
	.o_valid(round_valid_6),
	.out(rounded_C_6)
);
assign reg_C_6 = rounded_C_6;
fp_rounding_unit_1_37_10 fp_rounding_unit_1_37_10_inst7 (
	.clk(clk),
	.reset(reset),
	.enable(enable),
	.i_valid(mult_valid_7),
	.in(mult_C_7),
	.o_valid(round_valid_7),
	.out(rounded_C_7)
);
assign reg_C_7 = rounded_C_7;
fp_rounding_unit_1_37_10 fp_rounding_unit_1_37_10_inst8 (
	.clk(clk),
	.reset(reset),
	.enable(enable),
	.i_valid(mult_valid_8),
	.in(mult_C_8),
	.o_valid(round_valid_8),
	.out(rounded_C_8)
);
assign reg_C_8 = rounded_C_8;
fp_rounding_unit_1_37_10 fp_rounding_unit_1_37_10_inst9 (
	.clk(clk),
	.reset(reset),
	.enable(enable),
	.i_valid(mult_valid_9),
	.in(mult_C_9),
	.o_valid(round_valid_9),
	.out(rounded_C_9)
);
assign reg_C_9 = rounded_C_9;
fp_rounding_unit_1_37_10 fp_rounding_unit_1_37_10_inst10 (
	.clk(clk),
	.reset(reset),
	.enable(enable),
	.i_valid(mult_valid_10),
	.in(mult_C_10),
	.o_valid(round_valid_10),
	.out(rounded_C_10)
);
assign reg_C_10 = rounded_C_10;
fp_rounding_unit_1_37_10 fp_rounding_unit_1_37_10_inst11 (
	.clk(clk),
	.reset(reset),
	.enable(enable),
	.i_valid(mult_valid_11),
	.in(mult_C_11),
	.o_valid(round_valid_11),
	.out(rounded_C_11)
);
assign reg_C_11 = rounded_C_11;
fp_rounding_unit_1_37_10 fp_rounding_unit_1_37_10_inst12 (
	.clk(clk),
	.reset(reset),
	.enable(enable),
	.i_valid(mult_valid_12),
	.in(mult_C_12),
	.o_valid(round_valid_12),
	.out(rounded_C_12)
);
assign reg_C_12 = rounded_C_12;
fp_rounding_unit_1_37_10 fp_rounding_unit_1_37_10_inst13 (
	.clk(clk),
	.reset(reset),
	.enable(enable),
	.i_valid(mult_valid_13),
	.in(mult_C_13),
	.o_valid(round_valid_13),
	.out(rounded_C_13)
);
assign reg_C_13 = rounded_C_13;
fp_rounding_unit_1_37_10 fp_rounding_unit_1_37_10_inst14 (
	.clk(clk),
	.reset(reset),
	.enable(enable),
	.i_valid(mult_valid_14),
	.in(mult_C_14),
	.o_valid(round_valid_14),
	.out(rounded_C_14)
);
assign reg_C_14 = rounded_C_14;
fp_rounding_unit_1_37_10 fp_rounding_unit_1_37_10_inst15 (
	.clk(clk),
	.reset(reset),
	.enable(enable),
	.i_valid(mult_valid_15),
	.in(mult_C_15),
	.o_valid(round_valid_15),
	.out(rounded_C_15)
);
assign reg_C_15 = rounded_C_15;
always @ (posedge clk) begin
	if (reset) begin
		valid_A_B <= 1'b0;
		reg_A_0 <= 0;
		reg_B_0 <= 0;
		reg_A_1 <= 0;
		reg_B_1 <= 0;
		reg_A_2 <= 0;
		reg_B_2 <= 0;
		reg_A_3 <= 0;
		reg_B_3 <= 0;
		reg_A_4 <= 0;
		reg_B_4 <= 0;
		reg_A_5 <= 0;
		reg_B_5 <= 0;
		reg_A_6 <= 0;
		reg_B_6 <= 0;
		reg_A_7 <= 0;
		reg_B_7 <= 0;
		reg_A_8 <= 0;
		reg_B_8 <= 0;
		reg_A_9 <= 0;
		reg_B_9 <= 0;
		reg_A_10 <= 0;
		reg_B_10 <= 0;
		reg_A_11 <= 0;
		reg_B_11 <= 0;
		reg_A_12 <= 0;
		reg_B_12 <= 0;
		reg_A_13 <= 0;
		reg_B_13 <= 0;
		reg_A_14 <= 0;
		reg_B_14 <= 0;
		reg_A_15 <= 0;
		reg_B_15 <= 0;
	end else if (enable) begin
		reg_A_0 <= i_A_0;
		reg_B_0 <= i_B_0;
		reg_A_1 <= i_A_1;
		reg_B_1 <= i_B_1;
		reg_A_2 <= i_A_2;
		reg_B_2 <= i_B_2;
		reg_A_3 <= i_A_3;
		reg_B_3 <= i_B_3;
		reg_A_4 <= i_A_4;
		reg_B_4 <= i_B_4;
		reg_A_5 <= i_A_5;
		reg_B_5 <= i_B_5;
		reg_A_6 <= i_A_6;
		reg_B_6 <= i_B_6;
		reg_A_7 <= i_A_7;
		reg_B_7 <= i_B_7;
		reg_A_8 <= i_A_8;
		reg_B_8 <= i_B_8;
		reg_A_9 <= i_A_9;
		reg_B_9 <= i_B_9;
		reg_A_10 <= i_A_10;
		reg_B_10 <= i_B_10;
		reg_A_11 <= i_A_11;
		reg_B_11 <= i_B_11;
		reg_A_12 <= i_A_12;
		reg_B_12 <= i_B_12;
		reg_A_13 <= i_A_13;
		reg_B_13 <= i_B_13;
		reg_A_14 <= i_A_14;
		reg_B_14 <= i_B_14;
		reg_A_15 <= i_A_15;
		reg_B_15 <= i_B_15;
		valid_A_B <= i_valid;
	end
end

assign o_C_0 = reg_C_0;
assign o_C_1 = reg_C_1;
assign o_C_2 = reg_C_2;
assign o_C_3 = reg_C_3;
assign o_C_4 = reg_C_4;
assign o_C_5 = reg_C_5;
assign o_C_6 = reg_C_6;
assign o_C_7 = reg_C_7;
assign o_C_8 = reg_C_8;
assign o_C_9 = reg_C_9;
assign o_C_10 = reg_C_10;
assign o_C_11 = reg_C_11;
assign o_C_12 = reg_C_12;
assign o_C_13 = reg_C_13;
assign o_C_14 = reg_C_14;
assign o_C_15 = reg_C_15;
assign valid_C = round_valid_0;
assign o_ready = i_ready;
assign o_valid = valid_C & i_ready;

endmodule

module dsp_signed_mult_18x18_unit_18_18_1 (
	input clk,
	input reset,
	input ena,
	input i_valid,
	input [17:0] ax,
	input [17:0] ay,
	input [17:0] bx,
	input [17:0] by,
	output o_valid,
	output [36:0] resulta,
	output [36:0] resultb 
);

reg [17:0] reg_ax, reg_ay, reg_bx, reg_by;
reg [36:0] reg_resa, reg_resb;
always @(posedge clk) begin
	if (reset) begin
		reg_ax <= 0;
		reg_ay <= 0;
		reg_bx <= 0;
		reg_by <= 0;
		reg_resa <= 0;
		reg_resb <= 0;
	end else if (ena) begin
		reg_ax <= ax;
		reg_ay <= ay;
		reg_bx <= bx;
		reg_by <= by;
		reg_resa <= reg_ax * reg_ay;
		reg_resb <= reg_bx * reg_by;
	end
end

assign resulta = reg_resa;
assign resultb = reg_resb;
reg input_valid, result_valid, output_valid;
always @ (posedge clk) begin
	if (reset) begin
		output_valid <= 1'b0;
		input_valid <= 1'b0;
		result_valid <= 1'b0;
	end else if (ena) begin
		input_valid <= i_valid;
		result_valid <= input_valid;
		output_valid <= result_valid;
	end
end
assign o_valid = output_valid;

endmodule

module fp_rounding_unit_1_37_10 (
	input clk,
	input reset,
	input enable,
	input i_valid,
	input [36:0] in,
	output [36:0] out,
	output o_valid
);

reg [36:0] rounded_result;
reg [36:0] floor;
reg [36:0] ceil;
reg is_ceil;
reg floor_ceil_valid;

always @ (*) begin
	if (is_ceil) begin
		rounded_result = ceil;
	end else begin
		rounded_result = floor;
	end
end

reg valid_reg;
reg [36:0] out_reg;
always @ (posedge clk) begin
	if (reset) begin
		is_ceil <= 1'b0;
		floor_ceil_valid <= 1'b0;
		valid_reg <= 1'b0;
		floor <= 0;
		ceil <= 0;
		out_reg <= 0;
	end else if (enable) begin
		is_ceil <= in[9];
		floor <= in >>> 10;
		ceil <= (in >>> 10) + 1;
		floor_ceil_valid <= i_valid;
		out_reg <= rounded_result;
		valid_reg <= floor_ceil_valid;
	end
end

assign o_valid = valid_reg;

assign out = out_reg;

endmodule

module shift_register_unit_18_18 (
	input clk,
	input reset,
	input enable,
	input [17:0] in,
	output [17:0] out
);

reg [17:0] shift_registers_0;
reg [17:0] shift_registers_1;
reg [17:0] shift_registers_2;
reg [17:0] shift_registers_3;
reg [17:0] shift_registers_4;
reg [17:0] shift_registers_5;
reg [17:0] shift_registers_6;
reg [17:0] shift_registers_7;
reg [17:0] shift_registers_8;
reg [17:0] shift_registers_9;
reg [17:0] shift_registers_10;
reg [17:0] shift_registers_11;
reg [17:0] shift_registers_12;
reg [17:0] shift_registers_13;
reg [17:0] shift_registers_14;
reg [17:0] shift_registers_15;
reg [17:0] shift_registers_16;
reg [17:0] shift_registers_17;
always @ (posedge clk) begin
	if (reset) begin
		shift_registers_0 <= 18'd0;
		shift_registers_1 <= 18'd0;
		shift_registers_2 <= 18'd0;
		shift_registers_3 <= 18'd0;
		shift_registers_4 <= 18'd0;
		shift_registers_5 <= 18'd0;
		shift_registers_6 <= 18'd0;
		shift_registers_7 <= 18'd0;
		shift_registers_8 <= 18'd0;
		shift_registers_9 <= 18'd0;
		shift_registers_10 <= 18'd0;
		shift_registers_11 <= 18'd0;
		shift_registers_12 <= 18'd0;
		shift_registers_13 <= 18'd0;
		shift_registers_14 <= 18'd0;
		shift_registers_15 <= 18'd0;
		shift_registers_16 <= 18'd0;
		shift_registers_17 <= 18'd0;
	end else if (enable) begin
		shift_registers_0 <= in;
		shift_registers_1 <= shift_registers_0;
		shift_registers_2 <= shift_registers_1;
		shift_registers_3 <= shift_registers_2;
		shift_registers_4 <= shift_registers_3;
		shift_registers_5 <= shift_registers_4;
		shift_registers_6 <= shift_registers_5;
		shift_registers_7 <= shift_registers_6;
		shift_registers_8 <= shift_registers_7;
		shift_registers_9 <= shift_registers_8;
		shift_registers_10 <= shift_registers_9;
		shift_registers_11 <= shift_registers_10;
		shift_registers_12 <= shift_registers_11;
		shift_registers_13 <= shift_registers_12;
		shift_registers_14 <= shift_registers_13;
		shift_registers_15 <= shift_registers_14;
		shift_registers_16 <= shift_registers_15;
		shift_registers_17 <= shift_registers_16;
	end
end

assign out = shift_registers_17;

endmodule

module sigmoid_core_18_18_10_32_1 ( 
	input clk,
	input reset,
	input i_valid,
	input i_ready,
	output o_ready,
	output o_valid,
	input [17:0] i_x,
	output [17:0] o_y
);

reg [12:0] k_list_0;
reg [12:0] b_list_0;
reg [12:0] k_list_1;
reg [12:0] b_list_1;
reg [12:0] k_list_2;
reg [12:0] b_list_2;
reg [12:0] k_list_3;
reg [12:0] b_list_3;
reg [12:0] k_list_4;
reg [12:0] b_list_4;
reg [12:0] k_list_5;
reg [12:0] b_list_5;
reg [12:0] k_list_6;
reg [12:0] b_list_6;
reg [12:0] k_list_7;
reg [12:0] b_list_7;
reg [12:0] k_list_8;
reg [12:0] b_list_8;
reg [12:0] k_list_9;
reg [12:0] b_list_9;
reg [12:0] k_list_10;
reg [12:0] b_list_10;
reg [12:0] k_list_11;
reg [12:0] b_list_11;
reg [12:0] k_list_12;
reg [12:0] b_list_12;
reg [12:0] k_list_13;
reg [12:0] b_list_13;
reg [12:0] k_list_14;
reg [12:0] b_list_14;
reg [12:0] k_list_15;
reg [12:0] b_list_15;
reg [12:0] k_list_16;
reg [12:0] b_list_16;
reg [12:0] k_list_17;
reg [12:0] b_list_17;
reg [12:0] k_list_18;
reg [12:0] b_list_18;
reg [12:0] k_list_19;
reg [12:0] b_list_19;
reg [12:0] k_list_20;
reg [12:0] b_list_20;
reg [12:0] k_list_21;
reg [12:0] b_list_21;
reg [12:0] k_list_22;
reg [12:0] b_list_22;
reg [12:0] k_list_23;
reg [12:0] b_list_23;
reg [12:0] k_list_24;
reg [12:0] b_list_24;
reg [12:0] k_list_25;
reg [12:0] b_list_25;
reg [12:0] k_list_26;
reg [12:0] b_list_26;
reg [12:0] k_list_27;
reg [12:0] b_list_27;
reg [12:0] k_list_28;
reg [12:0] b_list_28;
reg [12:0] k_list_29;
reg [12:0] b_list_29;
reg [12:0] k_list_30;
reg [12:0] b_list_30;
reg [12:0] k_list_31;
reg [12:0] b_list_31;

always @ (posedge clk) begin
	k_list_0  <= 13'b0000111111101;
	k_list_1  <= 13'b0000111101110;
	k_list_2  <= 13'b0000111010001;
	k_list_3  <= 13'b0000110101001;
	k_list_4  <= 13'b0000101111011;
	k_list_5  <= 13'b0000101001010;
	k_list_6  <= 13'b0000100011010;
	k_list_7  <= 13'b0000011101100;
	k_list_8  <= 13'b0000011000011;
	k_list_9  <= 13'b0000010100000;
	k_list_10 <= 13'b0000010000001;
	k_list_11 <= 13'b0000001101000;
	k_list_12 <= 13'b0000001010011;
	k_list_13 <= 13'b0000001000010;
	k_list_14 <= 13'b0000000110100;
	k_list_15 <= 13'b0000000101001;
	k_list_16 <= 13'b0000000100000;
	k_list_17 <= 13'b0000000011001;
	k_list_18 <= 13'b0000000010100;
	k_list_19 <= 13'b0000000001111;
	k_list_20 <= 13'b0000000001100;
	k_list_21 <= 13'b0000000001001;
	k_list_22 <= 13'b0000000000111;
	k_list_23 <= 13'b0000000000110;
	k_list_24 <= 13'b0000000000100;
	k_list_25 <= 13'b0000000000011;
	k_list_26 <= 13'b0000000000011;
	k_list_27 <= 13'b0000000000010;
	k_list_28 <= 13'b0000000000010;
	k_list_29 <= 13'b0000000000001;
	k_list_30 <= 13'b0000000000001;
	k_list_31 <= 13'b0000000000001;
	b_list_0  <= 13'b0010000000000;
	b_list_1  <= 13'b0010000000100;
	b_list_2  <= 13'b0010000010010;
	b_list_3  <= 13'b0010000110000;
	b_list_4  <= 13'b0010001011110;
	b_list_5  <= 13'b0010010011011;
	b_list_6  <= 13'b0010011100100;
	b_list_7  <= 13'b0010100110011;
	b_list_8  <= 13'b0010110000101;
	b_list_9  <= 13'b0010111010101;
	b_list_10 <= 13'b0011000100010;
	b_list_11 <= 13'b0011001101000;
	b_list_12 <= 13'b0011010100111;
	b_list_13 <= 13'b0011011011110;
	b_list_14 <= 13'b0011100001110;
	b_list_15 <= 13'b0011100111000;
	b_list_16 <= 13'b0011101011011;
	b_list_17 <= 13'b0011101111000;
	b_list_18 <= 13'b0011110010001;
	b_list_19 <= 13'b0011110100101;
	b_list_20 <= 13'b0011110110110;
	b_list_21 <= 13'b0011111000100;
	b_list_22 <= 13'b0011111001111;
	b_list_23 <= 13'b0011111011001;
	b_list_24 <= 13'b0011111100000;
	b_list_25 <= 13'b0011111100110;
	b_list_26 <= 13'b0011111101011;
	b_list_27 <= 13'b0011111101111;
	b_list_28 <= 13'b0011111110011;
	b_list_29 <= 13'b0011111110101;
	b_list_30 <= 13'b0011111110111;
	b_list_31 <= 13'b0011111111001;
end
reg [17:0] x;
reg [17:0] y;
reg valid_x, valid_y, enable;
wire [4:0] sel_k_b;

wire abs_valid, round_valid, mult_valid, compute_valid;
reg use_boundary_value;
reg [12:0] mac_ay;
reg [22:0] mac_az;
reg is_x_negative;
wire is_x_negative_hold;
wire [17:0] abs_x;
wire [17:0] x_partial;
reg [31:0] y_compute;
wire [31:0] x_k_plus_b;
wire [31:0] y_rounded;

assign x_partial = (abs_x >> 8);
assign sel_k_b = x_partial [4:0];

reg [12:0] selected_k, selected_b;
always @ (*) begin
	if (sel_k_b == 0) begin
		selected_k <= k_list_0;
		selected_b <= b_list_0;
	end else if (sel_k_b == 1) begin
		selected_k <= k_list_1;
		selected_b <= b_list_1;
	end else if (sel_k_b == 2) begin
		selected_k <= k_list_2;
		selected_b <= b_list_2;
	end else if (sel_k_b == 3) begin
		selected_k <= k_list_3;
		selected_b <= b_list_3;
	end else if (sel_k_b == 4) begin
		selected_k <= k_list_4;
		selected_b <= b_list_4;
	end else if (sel_k_b == 5) begin
		selected_k <= k_list_5;
		selected_b <= b_list_5;
	end else if (sel_k_b == 6) begin
		selected_k <= k_list_6;
		selected_b <= b_list_6;
	end else if (sel_k_b == 7) begin
		selected_k <= k_list_7;
		selected_b <= b_list_7;
	end else if (sel_k_b == 8) begin
		selected_k <= k_list_8;
		selected_b <= b_list_8;
	end else if (sel_k_b == 9) begin
		selected_k <= k_list_9;
		selected_b <= b_list_9;
	end else if (sel_k_b == 10) begin
		selected_k <= k_list_10;
		selected_b <= b_list_10;
	end else if (sel_k_b == 11) begin
		selected_k <= k_list_11;
		selected_b <= b_list_11;
	end else if (sel_k_b == 12) begin
		selected_k <= k_list_12;
		selected_b <= b_list_12;
	end else if (sel_k_b == 13) begin
		selected_k <= k_list_13;
		selected_b <= b_list_13;
	end else if (sel_k_b == 14) begin
		selected_k <= k_list_14;
		selected_b <= b_list_14;
	end else if (sel_k_b == 15) begin
		selected_k <= k_list_15;
		selected_b <= b_list_15;
	end else if (sel_k_b == 16) begin
		selected_k <= k_list_16;
		selected_b <= b_list_16;
	end else if (sel_k_b == 17) begin
		selected_k <= k_list_17;
		selected_b <= b_list_17;
	end else if (sel_k_b == 18) begin
		selected_k <= k_list_18;
		selected_b <= b_list_18;
	end else if (sel_k_b == 19) begin
		selected_k <= k_list_19;
		selected_b <= b_list_19;
	end else if (sel_k_b == 20) begin
		selected_k <= k_list_20;
		selected_b <= b_list_20;
	end else if (sel_k_b == 21) begin
		selected_k <= k_list_21;
		selected_b <= b_list_21;
	end else if (sel_k_b == 22) begin
		selected_k <= k_list_22;
		selected_b <= b_list_22;
	end else if (sel_k_b == 23) begin
		selected_k <= k_list_23;
		selected_b <= b_list_23;
	end else if (sel_k_b == 24) begin
		selected_k <= k_list_24;
		selected_b <= b_list_24;
	end else if (sel_k_b == 25) begin
		selected_k <= k_list_25;
		selected_b <= b_list_25;
	end else if (sel_k_b == 26) begin
		selected_k <= k_list_26;
		selected_b <= b_list_26;
	end else if (sel_k_b == 27) begin
		selected_k <= k_list_27;
		selected_b <= b_list_27;
	end else if (sel_k_b == 28) begin
		selected_k <= k_list_28;
		selected_b <= b_list_28;
	end else if (sel_k_b == 29) begin
		selected_k <= k_list_29;
		selected_b <= b_list_29;
	end else if (sel_k_b == 30) begin
		selected_k <= k_list_30;
		selected_b <= b_list_30;
	end else if (sel_k_b == 31) begin
		selected_k <= k_list_31;
		selected_b <= b_list_31;
	end else begin
		selected_k <= 0;
		selected_b <= 0;
	end
end
always @ (*) begin
	if (abs_x >= 8192) begin
		use_boundary_value <= 1'b1;
		mac_ay <= 0;
		mac_az <= 2097152;
	end else begin
		use_boundary_value <= 1'b0;
		mac_ay <= selected_k;
		mac_az <= (selected_b << 10);
	end
end
dsp_signed_mac_18_13_23_32 dsp_signed_mac_18_13_23_32_inst (
	.clk(clk),
	.reset(reset),
	.ena(enable),
	.ax(abs_x),
	.ay(mac_ay),
	.az(mac_az),
	.i_valid(abs_valid),
	.o_valid(compute_valid),
	.resulta(x_k_plus_b)
);

shift_register_unit_1_3 shift_register_unit_1_3_inst (
	.clk(clk),
	.reset(reset),
	.enable(enable),
	.in(is_x_negative),
	.out(is_x_negative_hold)
);

abs_unit_18 abs_unit_18_inst (
	.clk(clk),
	.reset(reset),
	.enable(enable),
	.i_valid(valid_x),
	.in(x),
	.o_valid(abs_valid),
	.out(abs_x)
);

fp_rounding_unit_1_32_11 fp_rounding_unit_1_32_11_inst (
	.clk(clk),
	.reset(reset),
	.enable(enable),
	.i_valid(compute_valid),
	.in(y_compute),
	.o_valid(round_valid),
	.out(y_rounded)
);

always @ (*) begin
	if (is_x_negative_hold)
		y_compute = 2097152 - x_k_plus_b;
	else 
		y_compute = x_k_plus_b;
	enable = i_ready;
end
always @ (posedge clk) begin
	if (reset) begin 
		valid_x <= 1'b0;
		valid_y <= 1'b0;
		x <= 0;
		y <= 0;
	end else if (enable) begin 
		valid_x <= i_valid;
		valid_y <= round_valid;
		x <= i_x;
		if (x[17] == 1'b1)
			is_x_negative <= 1'b1;
		else
			is_x_negative <= 1'b0;
		y <= y_rounded[17:0];
	end
end

assign o_y = y;
assign o_ready = i_ready;
assign o_valid = valid_y & i_ready;

endmodule









module abs_unit_18 (
	input clk,
	input reset,
	input enable,
	input i_valid,
	input [17:0] in,
	output o_valid,
	output [17:0] out
);

reg [17:0] abs_result;

always @ (*) begin
	if (in[17] == 1'b1)
		abs_result = -in;
	else 
		abs_result = in;
end

reg valid_reg;
reg [17:0] out_reg;
always @ (posedge clk) begin
	if (reset) begin
		valid_reg <= 1'b0;
		out_reg <= 0;
	end else if (enable) begin
		valid_reg <= i_valid;
		out_reg <= abs_result;
	end
end
assign out = out_reg;
assign o_valid = valid_reg;
endmodule

module dsp_signed_mac_18_13_23_32 (
	input clk,
	input reset,
	input ena,
	input i_valid,
	input [17:0] ax,
	input [12:0] ay,
	input [22:0] az,
	output o_valid,
	output [31:0] resulta
);

reg [17:0] reg_ax;
reg [12:0] reg_ay;
reg [22:0] reg_az;
reg [31:0] reg_res;
always @ (posedge clk) begin
	if (reset) begin
		reg_ax  <= 0;
		reg_ay  <= 0;
		reg_az  <= 0;
		reg_res <= 0;
	end else begin
		reg_ax  <= ax;
		reg_ay  <= ay;
		reg_az  <= az;
		reg_res <= (reg_ax * reg_ay) + reg_az;
	end
end

assign resulta = reg_res;
reg input_valid, result_valid, output_valid;
always @ (posedge clk) begin
	if (reset) begin
		output_valid <= 1'b0;
		input_valid <= 1'b0;
		result_valid <= 1'b0;
	end else if (ena) begin
		input_valid <= i_valid;
		result_valid <= input_valid;
		output_valid <= result_valid;
	end
end
assign o_valid = output_valid;
endmodule

module fp_rounding_unit_1_32_11 (
	input clk,
	input reset,
	input enable,
	input i_valid,
	input [31:0] in,
	output [31:0] out,
	output o_valid
);

reg [31:0] rounded_result;
reg [31:0] floor;
reg [31:0] ceil;
reg is_ceil;
reg floor_ceil_valid;

always @ (*) begin
	if (is_ceil) begin
		rounded_result = ceil;
	end else begin
		rounded_result = floor;
	end
end

reg valid_reg;
reg [31:0] out_reg;
always @ (posedge clk) begin
	if (reset) begin
		is_ceil <= 1'b0;
		floor_ceil_valid <= 1'b0;
		valid_reg <= 1'b0;
		floor <= 0;
		ceil <= 0;
		out_reg <= 0;
	end else if (enable) begin
		is_ceil <= in[10];
		floor <= in >>> 11;
		ceil <= (in >>> 11) + 1;
		floor_ceil_valid <= i_valid;
		out_reg <= rounded_result;
		valid_reg <= floor_ceil_valid;
	end
end

assign o_valid = valid_reg;

assign out = out_reg;

endmodule

module shift_register_unit_1_3 (
	input clk,
	input reset,
	input enable,
	input [0:0] in,
	output [0:0] out
);

reg [0:0] shift_registers_0;
reg [0:0] shift_registers_1;
reg [0:0] shift_registers_2;
always @ (posedge clk) begin
	if (reset) begin
		shift_registers_0 <= 1'd0;
		shift_registers_1 <= 1'd0;
		shift_registers_2 <= 1'd0;
	end else if (enable) begin
		shift_registers_0 <= in;
		shift_registers_1 <= shift_registers_0;
		shift_registers_2 <= shift_registers_1;
	end
end

assign out = shift_registers_2;

endmodule